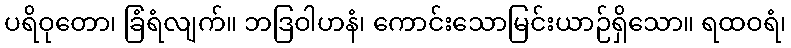
ပရိဝုတော၊ ခြံရံလျက်။ ဘဒြဝါဟနံ၊ ကောင်းသောမြင်းယာဉ်ရှိသော။ ရထဝရံ၊